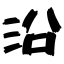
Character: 沿